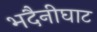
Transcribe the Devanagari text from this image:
भदैनीघाट